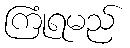
ကြုံရမည်